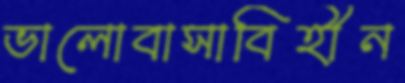
ভালোবাসাবিহীন